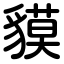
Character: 貘